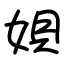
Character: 㛝